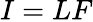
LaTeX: I=LF